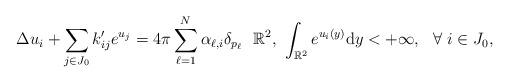
LaTeX: \begin{align*}\Delta u_i+\sum\limits_{j\in J_0}k_{ij}^{\prime}e^{u_j}=4\pi\sum\limits_{\ell=1}^{N}\alpha_{\ell,i}\delta_{p_{\ell}} \ \ \mathbb{R}^2, \ \int_{\mathbb{R}^2}e^{u_i(y)}\mathrm{d}y <+\infty, \ \ \forall \ i\in J_0,\end{align*}